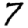
Digit: 7